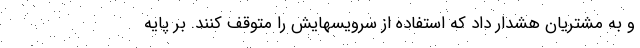
و به مشتریان هشدار داد که استفاده از سرویسهایش را متوقف کنند. بر پایه